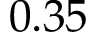
0 . 3 5